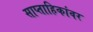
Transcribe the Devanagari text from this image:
साप्ताहिकांवर